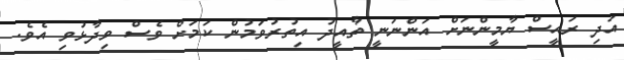
އަދި ރައީސް ޔާމީންނަށް އަންނަނީ ތާއީދު އިތުރުވަމުން ކަމަށް ވެސް ވިދާޅުވި އެވެ.